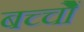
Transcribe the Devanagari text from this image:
बच्चोेैं